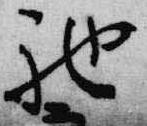
馳